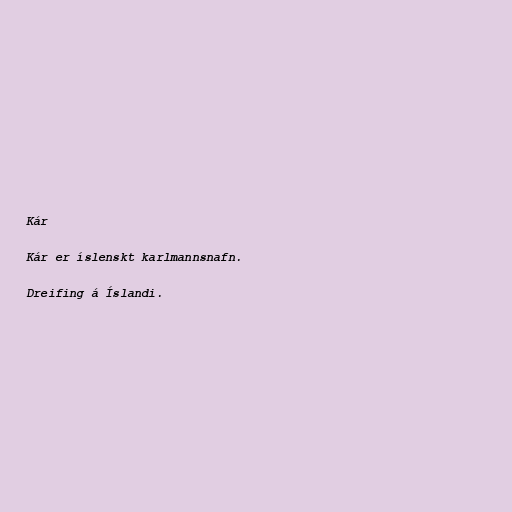
Kár

Kár er íslenskt karlmannsnafn.

Dreifing á Íslandi.